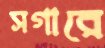
সগারে